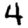
Digit: 4